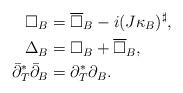
LaTeX: \begin{align*}\square_B &= \overline\square_B -i(J\kappa_B)^\sharp, \\\Delta_B &= \square_B +\overline\square_B, \\\bar\partial_T^*\bar\partial_B&=\partial_T^*\partial_B. \end{align*}